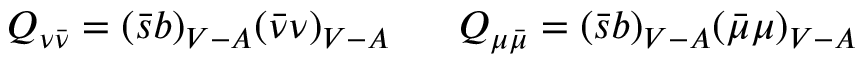
Q _ { \nu \bar { \nu } } = ( \bar { s } b ) _ { V - A } ( \bar { \nu } \nu ) _ { V - A } ~ ~ ~ ~ ~ Q _ { \mu \bar { \mu } } = ( \bar { s } b ) _ { V - A } ( \bar { \mu } \mu ) _ { V - A }